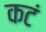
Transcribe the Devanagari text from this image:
कटं